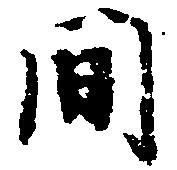
間